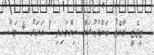
ޓީޖެޓީ މާކެޓު ބަންދުކުރަން ނިންމައިފި 1 އަހަރު 4 މަސް